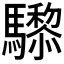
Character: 𱄸